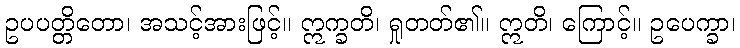
ဥပပတ္တိတော၊ အသင့်အားဖြင့်။ ဣက္ခတိ၊ ရှုတတ်၏။ ဣတိ၊ ကြောင့်။ ဥပေက္ခာ၊